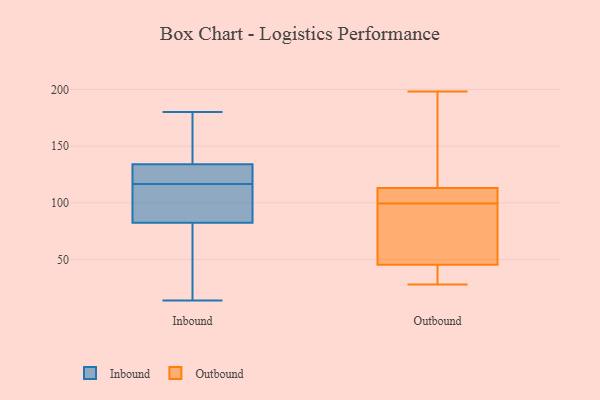
{"axis": {"x": "Tickets Resolved", "y": "Value"}, "legend": ["Inbound", "Outbound"], "data": [{"x": "", "y": 145, "type": "Inbound"}, {"x": "", "y": 86, "type": "Inbound"}, {"x": "", "y": 180, "type": "Inbound"}, {"x": "", "y": 124, "type": "Inbound"}, {"x": "", "y": 112, "type": "Inbound"}, {"x": "", "y": 121, "type": "Inbound"}, {"x": "", "y": 122, "type": "Inbound"}, {"x": "", "y": 79, "type": "Inbound"}, {"x": "", "y": 24, "type": "Inbound"}, {"x": "", "y": 144, "type": "Inbound"}, {"x": "", "y": 110, "type": "Inbound"}, {"x": "", "y": 95, "type": "Inbound"}, {"x": "", "y": 14, "type": "Inbound"}, {"x": "", "y": 122, "type": "Inbound"}, {"x": "", "y": 170, "type": "Inbound"}, {"x": "", "y": 67, "type": "Inbound"}, {"x": "", "y": 45, "type": "Outbound"}, {"x": "", "y": 46, "type": "Outbound"}, {"x": "", "y": 127, "type": "Outbound"}, {"x": "", "y": 99, "type": "Outbound"}, {"x": "", "y": 111, "type": "Outbound"}, {"x": "", "y": 112, "type": "Outbound"}, {"x": "", "y": 114, "type": "Outbound"}, {"x": "", "y": 48, "type": "Outbound"}, {"x": "", "y": 185, "type": "Outbound"}, {"x": "", "y": 28, "type": "Outbound"}, {"x": "", "y": 198, "type": "Outbound"}, {"x": "", "y": 36, "type": "Outbound"}, {"x": "", "y": 31, "type": "Outbound"}, {"x": "", "y": 111, "type": "Outbound"}, {"x": "", "y": 100, "type": "Outbound"}, {"x": "", "y": 49, "type": "Outbound"}]}